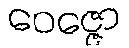
ဝေဇ္ဇော